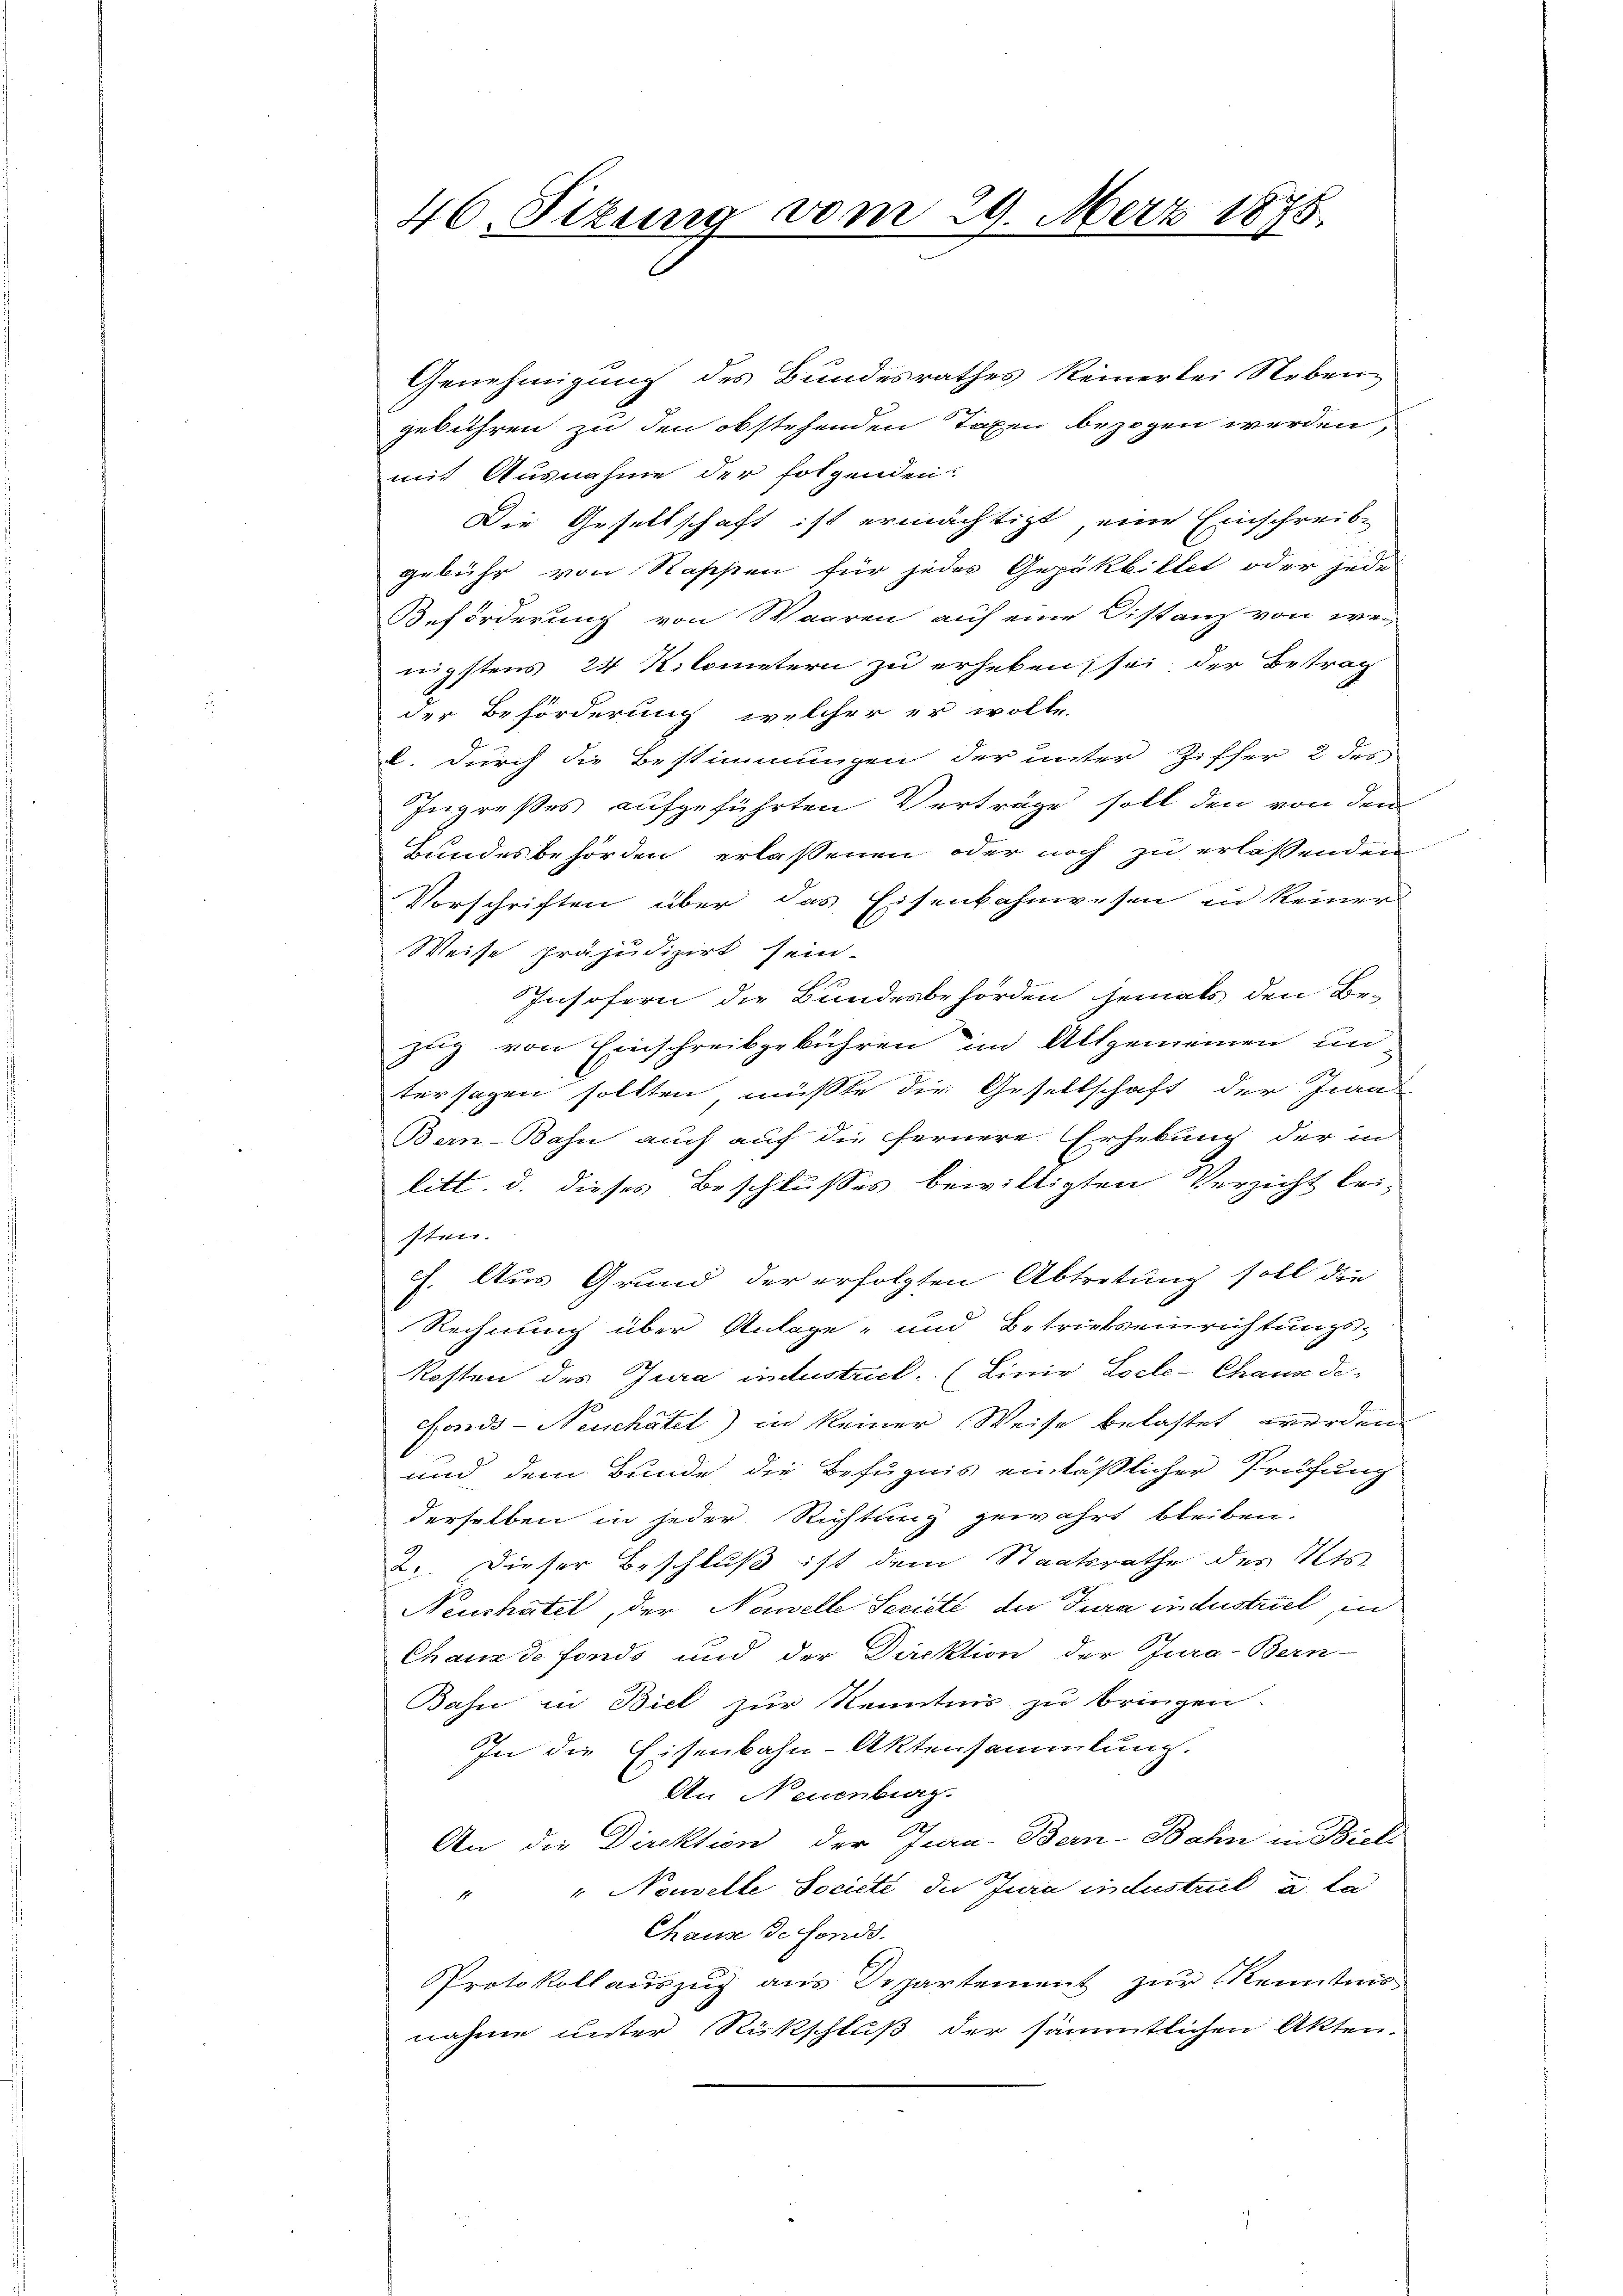
46. Sizung vom 29. Merz 1875.

Genehmigung des Bundesrathes keinerlei Neben-
gebühren zu den obstehenden Taxen bezogen werden,
mit Ausnahme der folgenden:
Die Gesellschaft ist ermächtigt, eine Einschreib-
gebühr von Rassen für jedes Gepäkbillet oder jede
Beförderung von Waaren auf eine Distanz von wer
nigstens 24 Kilometern zu erheben, sei, der Betrag
der Beförderung, welcher er wolle.
l. durch die Bestimmungen der unter Ziffer 2 des
Ingreßes aufgeführten Verträge soll den von den
Bundesbehörden erlassenen oder noch zu erlassenden
Vorschriften über das Eisenbahnwesen in keiner
Weise präjudizirt sein.
Insofern die Bundesbehörden jemals den Be-
zug von Einschreibgebühren im Allgemeinen un
tersagen sollten müßte die Gesellschaft der Ja
Bern-Bahn auch auf die fernere Erhebung der in
litt. d. dieses Beschlusses bewilligten Verzicht bei-
sten.
f. Aus Grund der erfolgten Abtretung soll die
Rechnung über Anlage- und Betriefseinrichtungs-
Kosten des Jura intustrick. (Linie Locle-Chaus de¬
Fonds-Neuchâtel) in keiner Weise belastet werden
und dem Bunde die Befugnis einläßlicher Prüfung
derselben in jeder Richtung gewahrt bleiben.
2. Dieser Beschluß ist dem Staatsrathe des Kts.
Neuchatel, der Nawelle Seriete der Tura industriel, in
Chaus de fonds und der Direktion der Jura-Bern-
Bahn in Biel zur Kenntnis zu bringen.
In die Eisenbahn-Aktensammlung.
An Neuenburg.
An die Direktion der Jura. Bern-Bahn in Biel
" Nouvelle Société de Jura industrit à la
1
Chaus de fonds.
Protokollauszug aus Departement zur Kenntnis
nahme unter Rückschluß der sämmtlichen Akten.